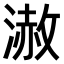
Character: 𣻪